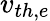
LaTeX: v_{th,e}